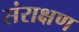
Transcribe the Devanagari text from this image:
संराक्षण